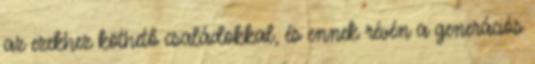
az ezekhez köthető családokkal, és ennek révén a generációs